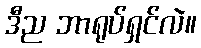
ဒီည ဘာရုပ်ရှင်လဲ။